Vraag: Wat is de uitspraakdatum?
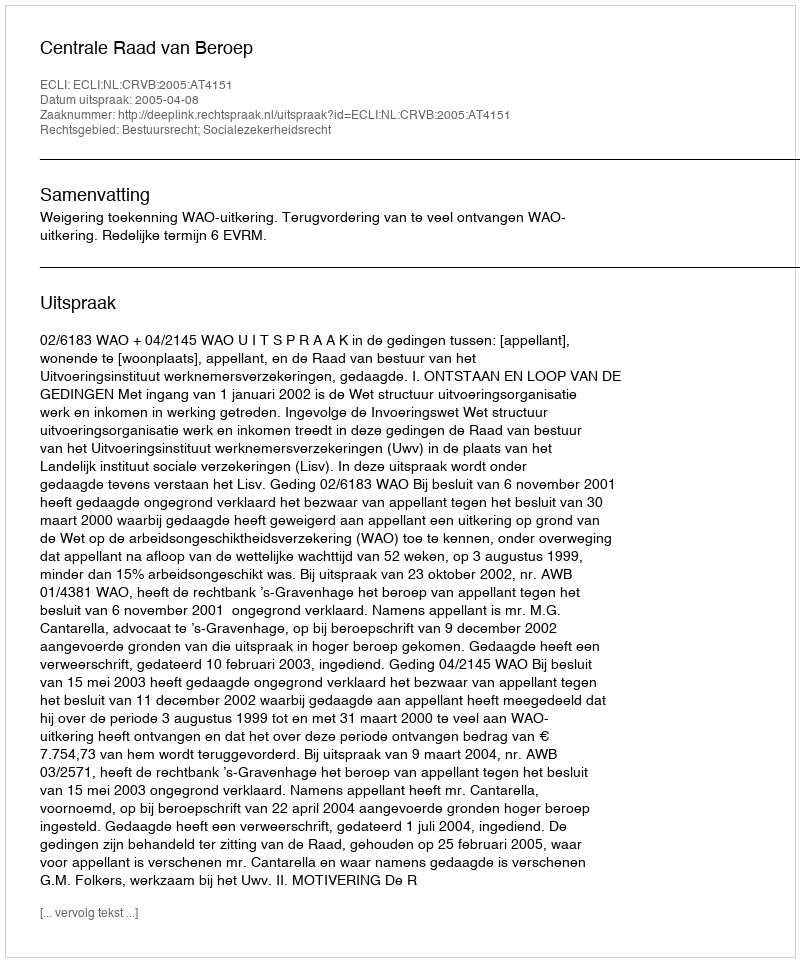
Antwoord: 2005-04-08